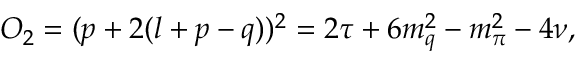
O _ { 2 } = ( p + 2 ( l + p - q ) ) ^ { 2 } = 2 \tau + 6 m _ { q } ^ { 2 } - m _ { \pi } ^ { 2 } - 4 \nu ,